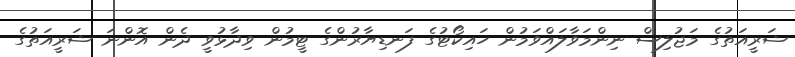
ޝަރީއަތުގެ މަޖުލިސް ނިންމަވާލައްވަމުން ހައިކޯޓުގެ ފަނޑިޔާރުންގެ ޓީމުން ވިދާޅުވީ ދެން އޮންނަ ޝަރީއަތުގެ